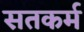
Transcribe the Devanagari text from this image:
सतकर्म